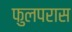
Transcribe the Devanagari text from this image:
फुलपरास